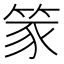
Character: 𫁾